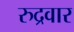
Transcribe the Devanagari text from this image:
रुद्रवार